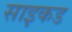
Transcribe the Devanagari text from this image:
साइकड